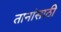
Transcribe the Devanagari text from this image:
तानांसाठी